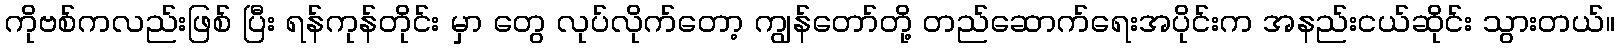
ကိုဗစ်ကလည်းဖြစ် ပြီး ရန်ကုန်တိုင်း မှာ တွေ လုပ်လိုက်တော့ ကျွန်တော်တို့ တည်ဆောက်ရေးအပိုင်းက အနည်းငယ်ဆိုင်း သွားတယ်။